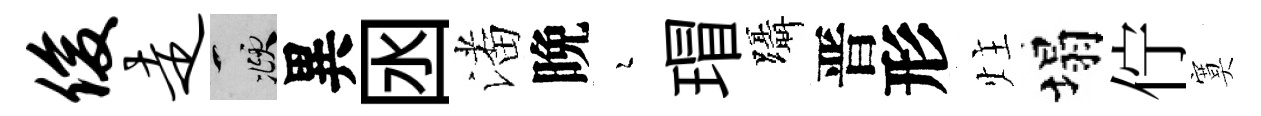
俊走頫異囦潘晩瑟瑁躡晋形炷塌佇寞